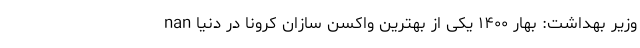
nan وزیر بهداشت: بهار ۱۴۰۰ یکی از بهترین واکسن سازان کرونا در دنیا